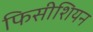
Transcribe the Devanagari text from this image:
फिसीशियन